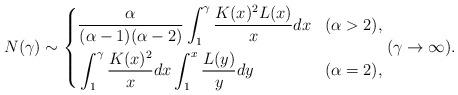
LaTeX: \begin{align*} N(\gamma) \sim \left\{ \begin{aligned} &\frac{\alpha}{(\alpha - 1)(\alpha -2)} \int_{1}^{\gamma}\frac{K(x)^2L(x)}{x}dx & (\alpha > 2), \\ &\int_{1}^{\gamma} \frac{K(x)^2}{x} dx\int_{1}^{x}\frac{L(y)}{y}dy & (\alpha = 2), \end{aligned} \right. (\gamma \to \infty). \end{align*}